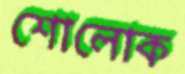
শোলোক